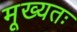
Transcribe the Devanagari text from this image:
मूख्यतः